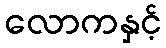
လောကနှင့်